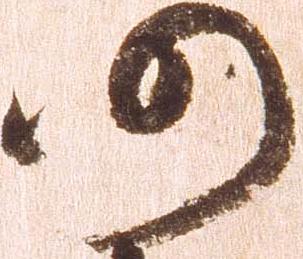
仍